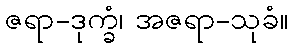
ဇရာ-ဒုက္ခံ၊ အဇရာ-သုခံ။